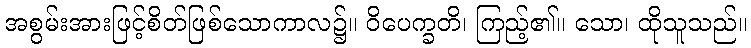
အစွမ်းအားဖြင့်စိတ်ဖြစ်သောကာလ၌။ ဝိပေက္ခတိ၊ ကြည့်၏။ သော၊ ထိုသူသည်။